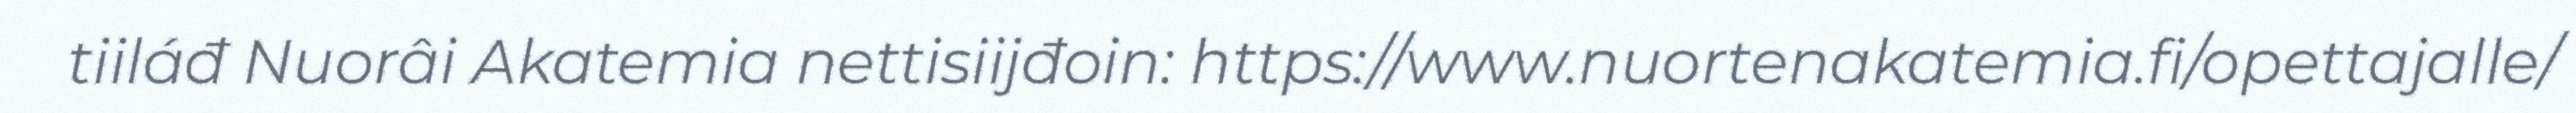
tiiláđ Nuorâi Akatemia nettisiijđoin: https://www.nuortenakatemia.fi/opettajalle/